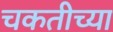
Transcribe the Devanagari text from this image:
चकतीच्या